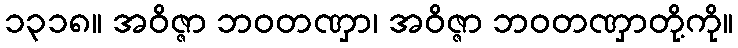
၁၃၁၈။ အဝိဇ္ဇာ ဘဝတဏှာ၊ အဝိဇ္ဇာ ဘဝတဏှာတို့ကို။